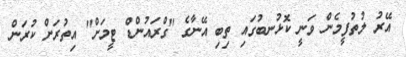
އޭރު ލުތުފީމެން ވަނީ ކޮޅުނބުގައި ތިބި އޭނާގެ "ގްރައުންޑް ޓީމަށް" އިތުރަށް ކުރަން